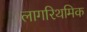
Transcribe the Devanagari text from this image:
लागरिथमिक